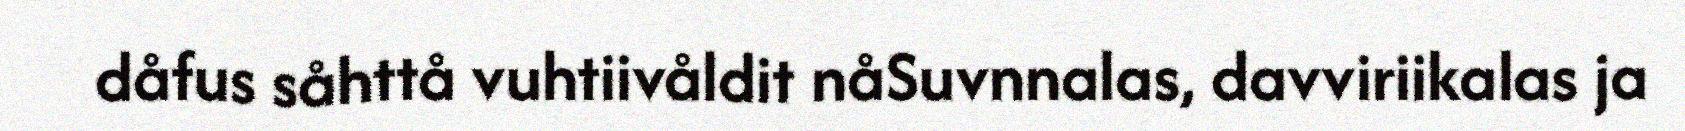
dåfus såhttå vuhtiivåldit nåSuvnnalas, davviriikalas ja